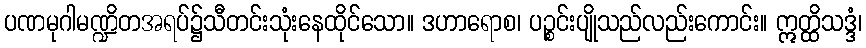
ပဏမုဂါမဏ္ဍိတအရပ်၌သီတင်းသုံးနေထိုင်သော။ ဒဟာရောစ၊ ပဉ္စင်းပျိုသည်လည်းကောင်း။ ဣတ္ထိသဒ္ဒံ၊